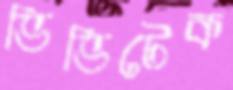
ভিভিটেক